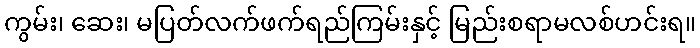
ကွမ်း၊ ဆေး၊ မပြတ်လက်ဖက်ရည်ကြမ်းနှင့် မြည်းစရာမလစ်ဟင်းရ။